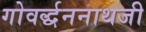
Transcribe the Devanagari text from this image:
गोवर्द्धननाथजी